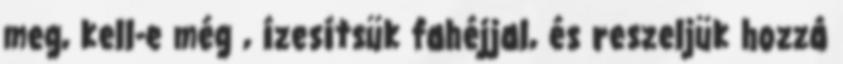
meg, kell-e még , ízesítsük fahéjjal, és reszeljük hozzá